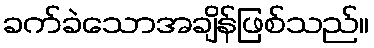
ခက်ခဲသောအချိန်ဖြစ်သည်။